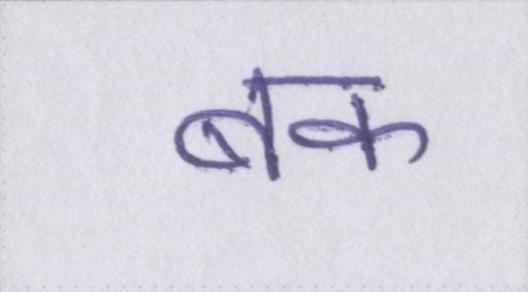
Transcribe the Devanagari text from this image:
बक